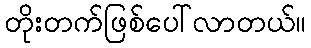
တိုးတက်ဖြစ်ပေါ်လာတယ်။